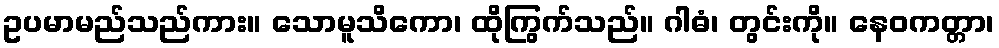
ဥပမာမည်သည်ကား။ သောမူသိကော၊ ထိုကြွက်သည်။ ဂါဓံ၊ တွင်းကို။ နေဝကတ္တာ၊